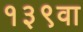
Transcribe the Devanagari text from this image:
१३९वा